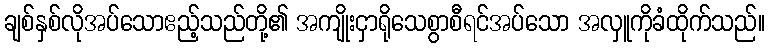
ချစ်နှစ်လိုအပ်သောဧည့်သည်တို့၏ အကျိုးငှာရိုသေစွာစီရင်အပ်သော အလှူကိုခံထိုက်သည်။